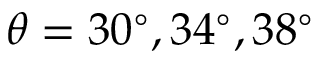
\theta = 3 0 ^ { \circ } , 3 4 ^ { \circ } , 3 8 ^ { \circ }